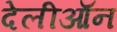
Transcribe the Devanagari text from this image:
देलीऑन